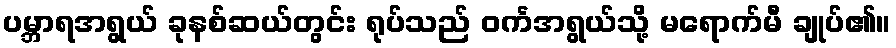
ပမ္ဘာရအရွယ် ခုနစ်ဆယ်တွင်း ရုပ်သည် ဝင်္ကအရွယ်သို့ မရောက်မီ ချုပ်၏။